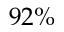
9 2 \%